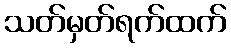
သတ်မှတ်ရက်ထက်